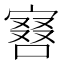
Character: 𠼆